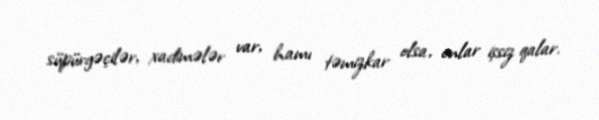
süpürgəçilər, xadimələr var, hamı təmizkar olsa, onlar işsiz qalar.